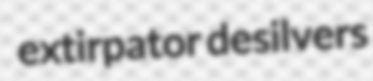
extirpator desilvers